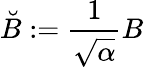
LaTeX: \breve{B}:=\frac{1}{\sqrt{\alpha}}B